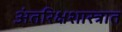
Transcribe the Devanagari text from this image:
अंतरिक्षशास्त्रात